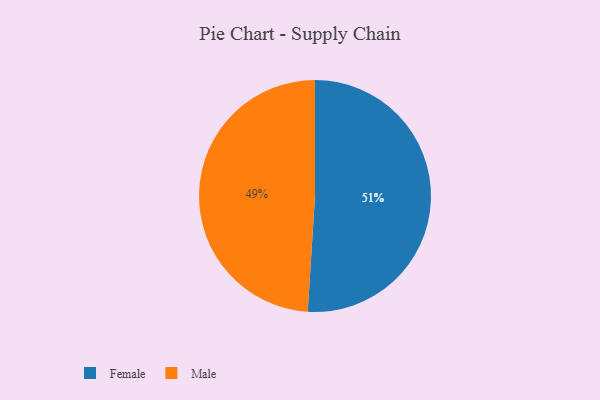
{"axis": {"x": "Category", "y": "Percentage"}, "legend": ["Female", "Male"], "data": [{"x": "Female", "y": 51, "type": "Female"}, {"x": "Male", "y": 49, "type": "Male"}]}